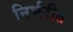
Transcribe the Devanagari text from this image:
निर्भरीत